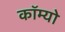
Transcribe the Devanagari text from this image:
कॉम्‍यो